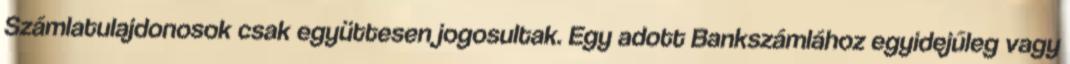
Számlatulajdonosok csak együttesen jogosultak. Egy adott Bankszámlához egyidejűleg vagy